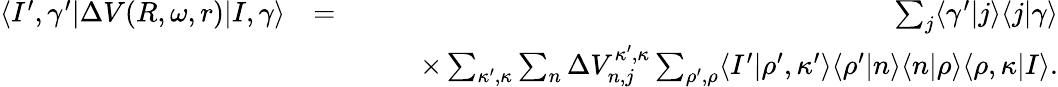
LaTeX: \begin{array}{rlr}{\langle I^{\prime},\gamma^{\prime}|\Delta V(R,\omega,r)|I,\gamma\rangle}&{=}&{\sum_{j}\langle\gamma^{\prime}|j\rangle\langle j|\gamma\rangle}\\ &{}&{\qquad\times\sum_{\kappa^{\prime},\kappa}\sum_{n}\Delta V_{n,j}^{\kappa^{\prime},\kappa}\sum_{\rho^{\prime},\rho}\langle I^{\prime}|\rho^{\prime},\kappa^{\prime}\rangle\langle\rho^{\prime}|n\rangle\langle n|\rho\rangle\langle\rho,\kappa|I\rangle.}\end{array}